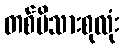
တစ်မိသားစုလုံး